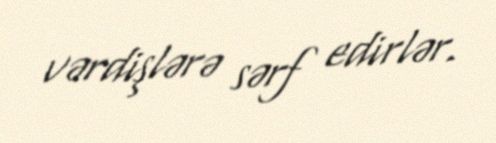
vərdişlərə sərf edirlər.